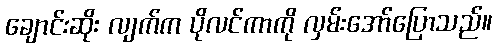
ချောင်းဆိုး လျက်က ပိုလင်ကာကို လှမ်းအော်ပြောသည်။